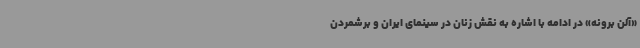
«آلن برونه» در ادامه با اشاره به نقش زنان در سینمای ایران و برشمردن